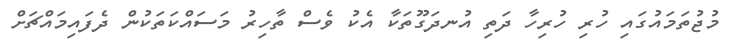
މުޖުތަމައުގައި ހުރި ހުރިހާ ދަތި އުނދަގޫތަކާ އެކު ވެސް ތާހިރު މަސައްކަތަކުން ދެފައިމައްޗަށް